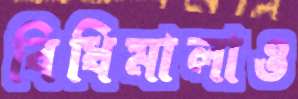
বিধিমালাও